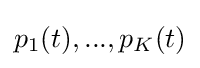
p_{1}(t),...,p_{K}(t)